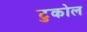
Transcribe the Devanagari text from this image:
टुकोल